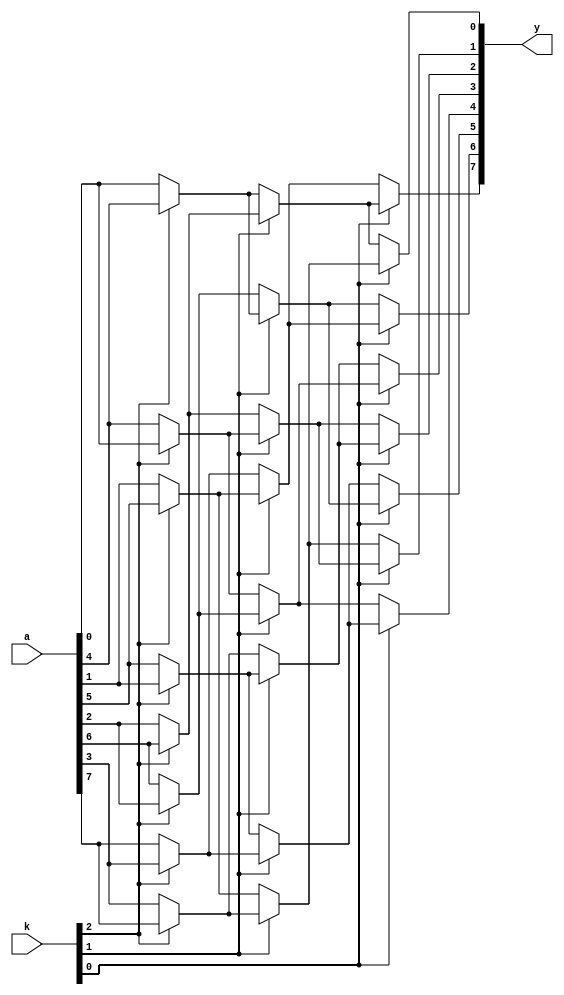
module barrel_shifter(
	input 	[7:0] a,
	input 	[2:0] k,
	output 	[7:0] y
);

	wire [7:0] storage0;
	wire [7:0] storage1;
	wire [7:0] storage2;

	// storage2 : 4bit shift 
	assign storage2[0] = k[2] ? a[4] : a[0];
	assign storage2[1] = k[2] ? a[5] : a[1];
	assign storage2[2] = k[2] ? a[6] : a[2];
	assign storage2[3] = k[2] ? a[7] : a[3];
	assign storage2[4] = k[2] ? a[0] : a[4];
	assign storage2[5] = k[2] ? a[1] : a[5];
	assign storage2[6] = k[2] ? a[2] : a[6];
	assign storage2[7] = k[2] ? a[3] : a[7];

	// storage1 : 2bit shift 
	assign storage1[0] = k[1] ? storage2[2] : storage2[0];
	assign storage1[1] = k[1] ? storage2[3] : storage2[1];
	assign storage1[2] = k[1] ? storage2[4] : storage2[2];
	assign storage1[3] = k[1] ? storage2[5] : storage2[3];
	assign storage1[4] = k[1] ? storage2[6] : storage2[4];
	assign storage1[5] = k[1] ? storage2[7] : storage2[5];
	assign storage1[6] = k[1] ? storage2[0] : storage2[6];
	assign storage1[7] = k[1] ? storage2[1] : storage2[7];

	// storage0 : 1bit shift 
	assign storage0[0] = k[0] ? storage1[1] : storage1[0];
	assign storage0[1] = k[0] ? storage1[2] : storage1[1];
	assign storage0[2] = k[0] ? storage1[3] : storage1[2];
	assign storage0[3] = k[0] ? storage1[4] : storage1[3];
	assign storage0[4] = k[0] ? storage1[5] : storage1[4];
	assign storage0[5] = k[0] ? storage1[6] : storage1[5];
	assign storage0[6] = k[0] ? storage1[7] : storage1[6];
	assign storage0[7] = k[0] ? storage1[0] : storage1[7];

	// final output 
	assign y = storage0;

endmodule